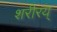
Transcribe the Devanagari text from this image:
शरीरय्